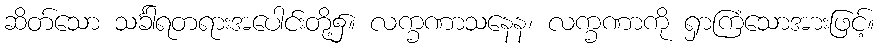
ဆိတ်သော သင်္ခါရတရားအပေါင်းတို့၌။ လက္ခဏာသနေန၊ လက္ခဏာကို ရှာကြံသောအားဖြင့်။